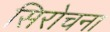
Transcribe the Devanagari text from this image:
सिरोचना